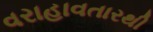
વરાહાવતારથી